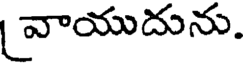
వాయుదును.